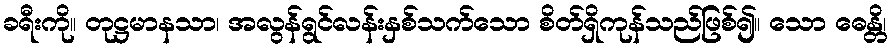
ခရီးကို။ တုဋ္ဌမာနသာ၊ အလွန်ရွင်လန်းနှစ်သက်သော စိတ်ရှိကုန်သည်ဖြစ်၍။ သော ဓေန္တိ၊